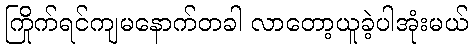
ကြိုက်ရင်ကျမနောက်တခါ လာတော့ယူခဲ့ပါအုံးမယ်